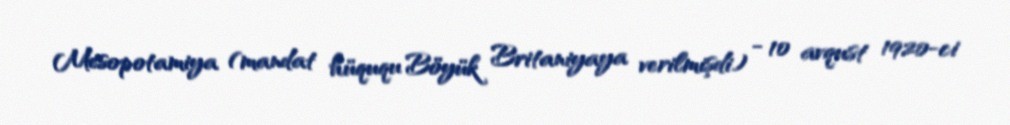
Mesopotamiya (mandat hüququ Böyük Britaniyaya verilmişdi) - 10 avqust 1920-ci